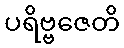
ပရိဗ္ဗဇေတိ